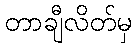
တာချီလိတ်မှ